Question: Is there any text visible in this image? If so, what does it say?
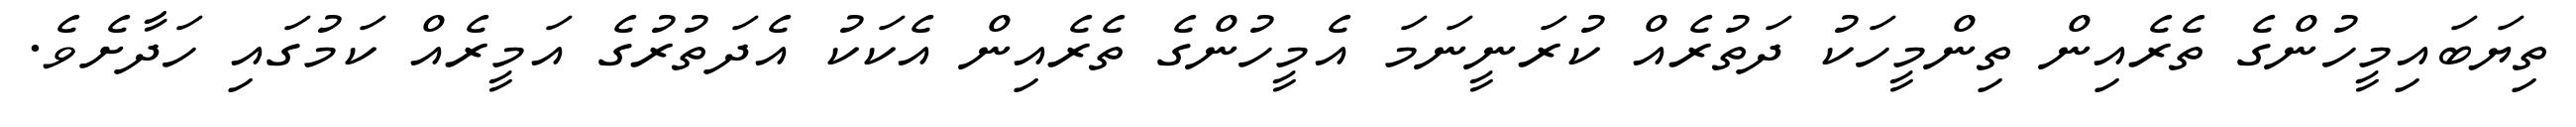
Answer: ތިޔަބައިމީހުންގެ ތެރެއިން ތިންމީހަކު ދަތުރެއް ކުރަނީނަމަ އެމީހުންގެ ތެރެއިން އެކަކު އެދަތުރުގެ އަމީރެއް ކަމުގައި ހަދާށެވެ.